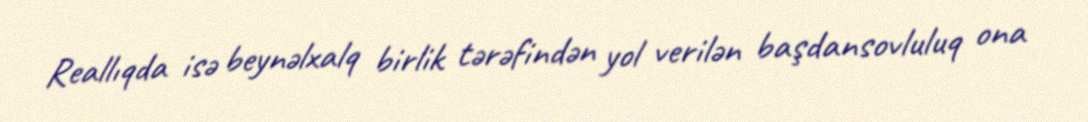
Reallıqda isə beynəlxalq birlik tərəfindən yol verilən başdansovluluq ona